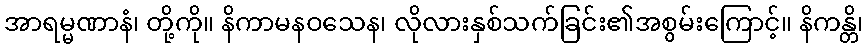
အာရမ္မဏာနံ၊ တို့ကို။ နိကာမနဝသေန၊ လိုလားနှစ်သက်ခြင်း၏အစွမ်းကြောင့်။ နိကန္တိ၊